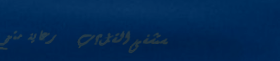
مستشفى القل؟ب   رعاية متخ